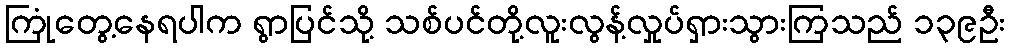
ကြုံတွေ့နေရပါက ရွာပြင်သို့ သစ်ပင်တို့လူးလွန့်လှုပ်ရှားသွားကြသည် ၁၃၉ဦး